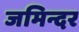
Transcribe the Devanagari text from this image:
जमिन्दर